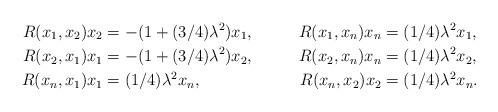
LaTeX: \begin{align*} R(x_1, x_2) x_2 &= - (1 + (3/4) \lambda^2) x_1, \ &R(x_1, x_n) x_n &= (1/4) \lambda^2 x_1, \\R(x_2, x_1) x_1 &= - (1 + (3/4) \lambda^2) x_2, \ &R(x_2, x_n) x_n &= (1/4) \lambda^2 x_2, \\R(x_n, x_1) x_1 &= (1/4) \lambda^2 x_n, \ &R(x_n, x_2) x_2 &= (1/4) \lambda^2 x_n. \end{align*}